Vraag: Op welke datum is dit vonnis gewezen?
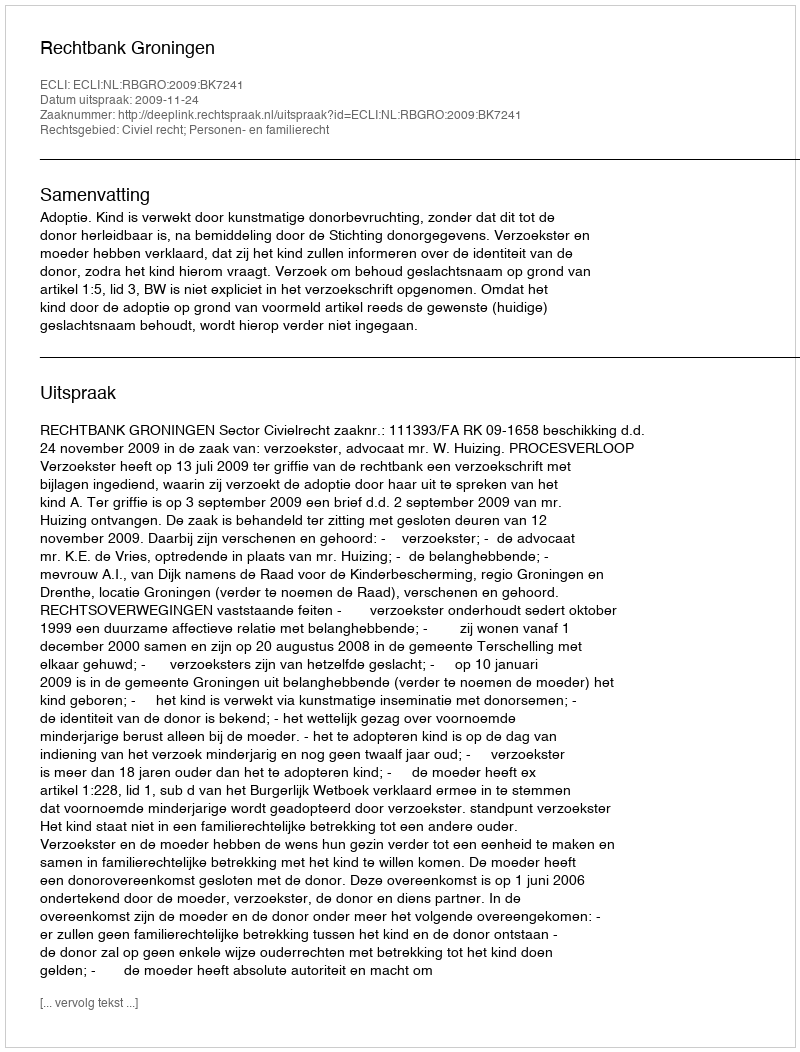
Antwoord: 2009-11-24